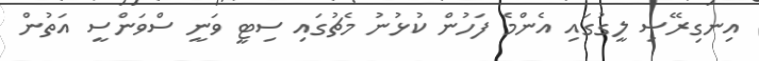
އިނގިރޭސި ލީގުގައި އެންމެ ފަހުން ކުޅުނު މެޗުގައި ސިޓީ ވަނީ ސްވަންސީ އަތުން